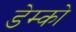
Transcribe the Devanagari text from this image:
डेम्को